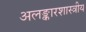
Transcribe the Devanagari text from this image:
अलङ्कारशास्त्रीय